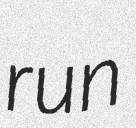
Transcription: run